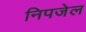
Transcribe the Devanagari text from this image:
निपजेल